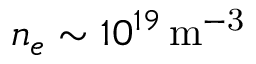
n _ { e } \sim 1 0 ^ { 1 9 } \mathrm { \, m ^ { - 3 } }